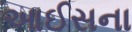
આઈસના